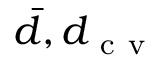
\bar { d } , d _ { \mathrm { ~ c ~ v ~ } }